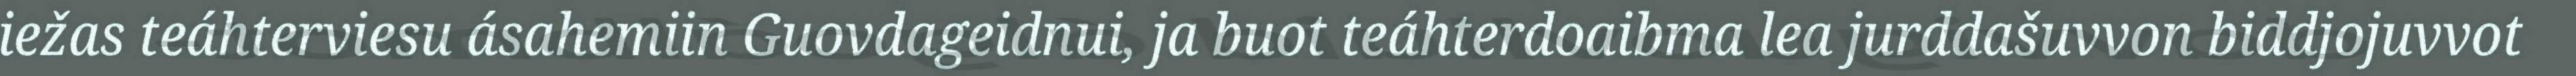
iežas teáhterviesu ásahemiin Guovdageidnui, ja buot teáhterdoaibma lea jurddašuvvon biddjojuvvot